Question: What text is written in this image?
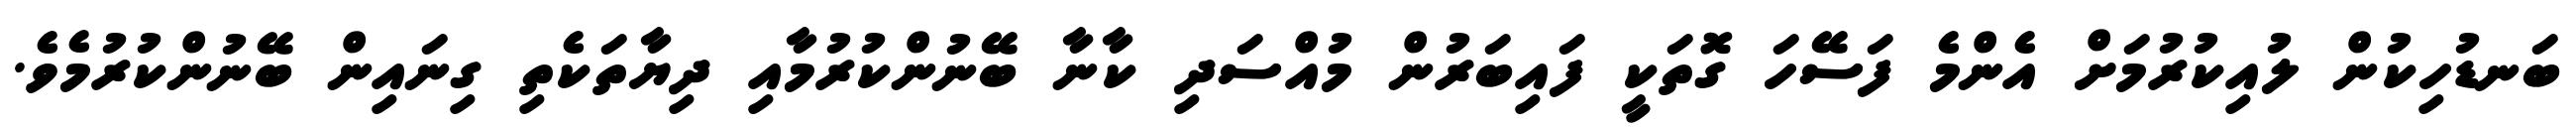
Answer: ބަނޑުހިކުން ލުއިކުރުމަށް އެންމެ ފަސޭހަ ގޮތަކީ ފައިބަރުން މުއްސަދި ކާނާ ބޭނުންކުރުމާއި ދިޔާތަކެތި ގިނައިން ބޭނުންކުރުމެވެ.